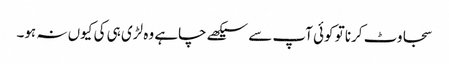
سجاوٹ کرنا تو کوئی آپ سے سیکھے چاہے وہ لڑی ہی کی کیوں نہ ہو۔